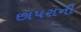
છાપરાની